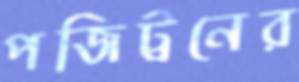
পজিট্রনের